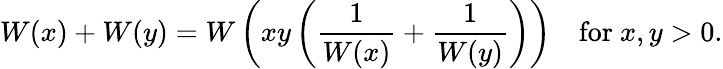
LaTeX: W(x)+W(y)=W\left(xy\left({\frac{1}{W(x)}}+{\frac{1}{W(y)}}\right)\right)\quad{\mathrm{for~}}x,y>0.